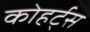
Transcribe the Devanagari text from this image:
कोहर्ट्स